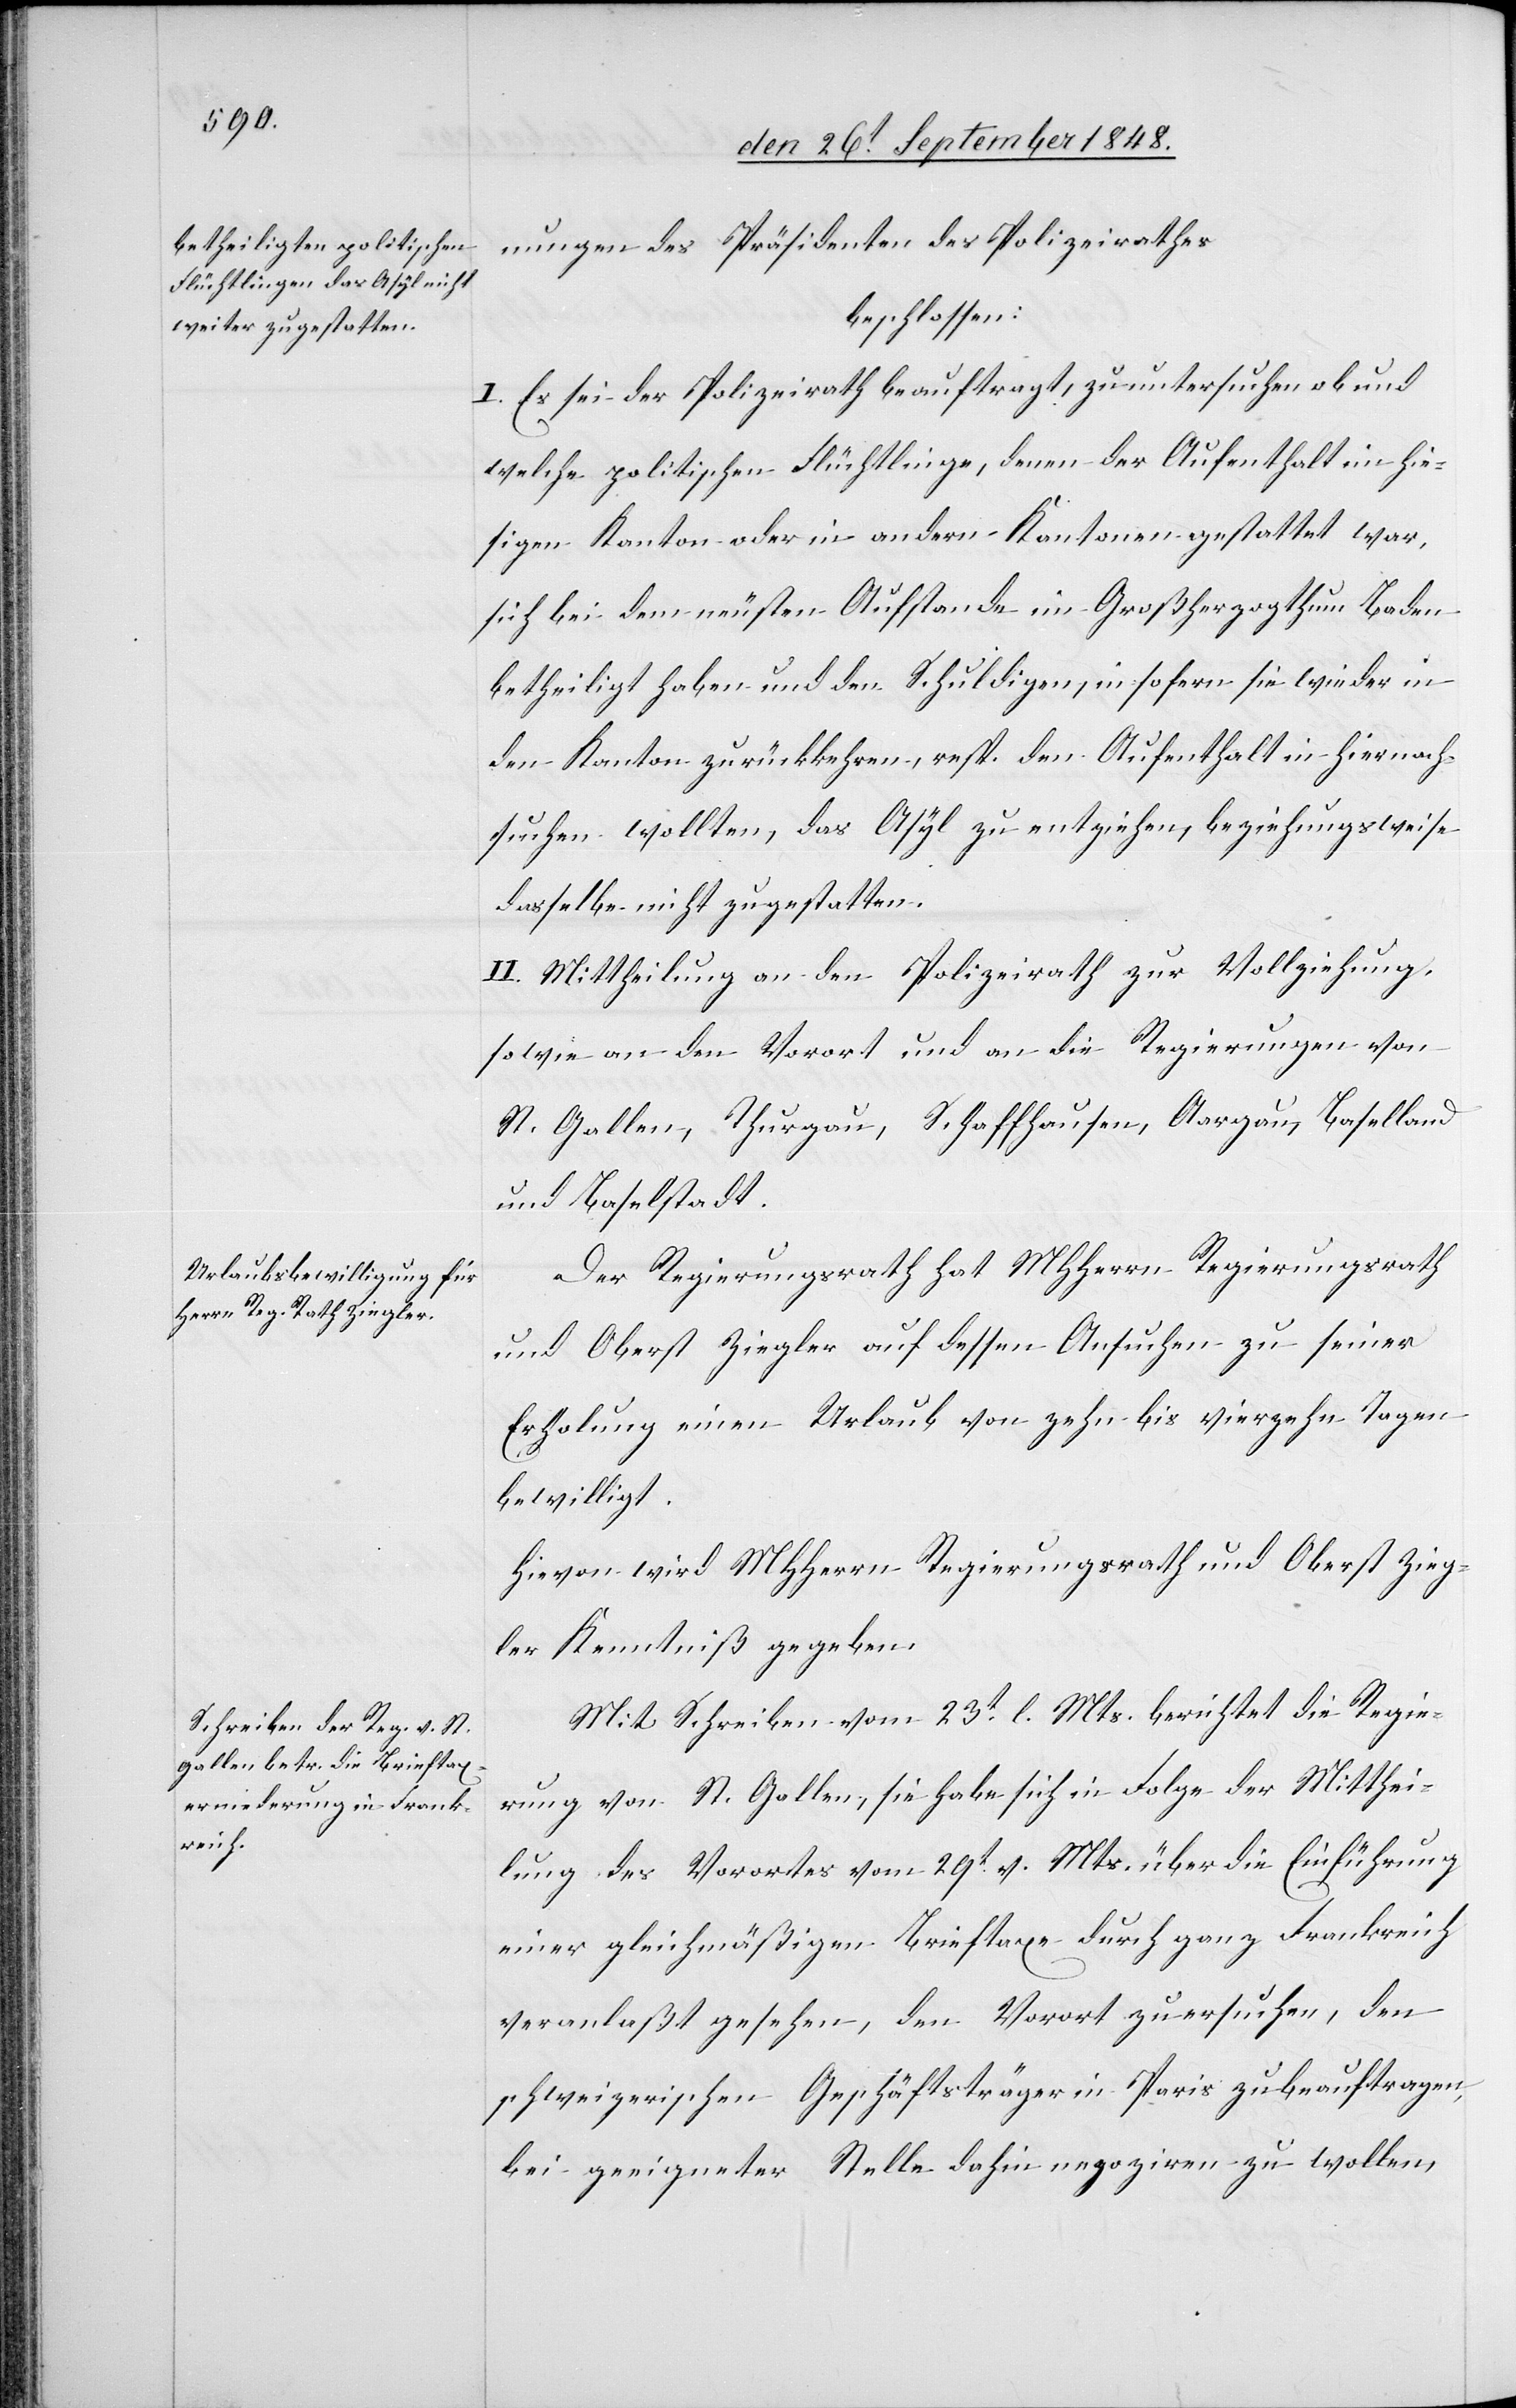
nung des Präsidenten des Polizeirathes
beschlossen:
I. Es sei der Polizeirath beauftragt, zu untersuchen ob und
welche politischen Flüchtlinge, denen der Aufenthalt im hie¬
sigen Kanton oder in andern Kantonen gestattet war,
sich bei dem neusten Aufstande im Großherzogthum Baden
betheiligt haben und den Schuldigen, in sofern sie wieder in
den Kanton zurückkehren, resp. den Aufenthalt in hier nach¬
suchen wollten, das Asyl zu entziehen, beziehungsweise
dasselbe nicht zu gestatten.
II. Mittheilung an den Polizeirath zur Vollziehung,
sowie an den Vorort und an die Regierungen von
St. Gallen, Thurgau, Schaffhausen, Aargau, Baselland
und Baselstadt.
Der Regierungsrath hat MHHerrn Regierungsrath
und Oberst Ziegler auf dessen Ansuchen zu seiner
Erholung einen Urlaub von Zehn bis vierzehn Tagen
bewilligt.
Hievon wird MHHerrn Regierungsrath und Oberst Zieg¬
ler Kenntniß gegeben.
Mit Schreiben vom 23t. l. Mts. berichtet die Regie¬
rung von St. Gallen, sie habe sich in Folge der Mitthei¬
lung des Vorortes vom 29t. v. Mt. über die Einführung
einer gleichmäßigen Brieftaxe durch ganz Frankreich
veranlaßt gesehen, den Vorort zu ersuchen, den
schweizerischen Geschäftsträger in Paris zu beauftragen,
bei geeigneter Stelle dahin negoziren zu wollen,